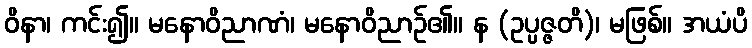
ဝိနာ၊ ကင်း၍။ မနောဝိညာဏံ၊ မနောဝိညာဉ်၏။ န (ဥပ္ပဇ္ဇတိ)၊ မဖြစ်။ အယံပိ